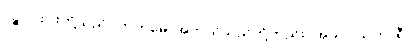
ပဉ္စ၊ ငါးပါးတို့သည်။ ကတမေ၊ အဘယ်သည်တို့တည်း။ အသပ္ပါယကာရီ၊